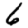
Digit: 6